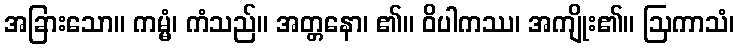
အခြားသော။ ကမ္မံ၊ ကံသည်။ အတ္တနော၊ ၏။ ဝိပါကဿ၊ အကျိုး၏။ ဩကာသံ၊